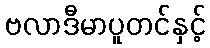
ဗလာဒီမာပူတင်နှင့်